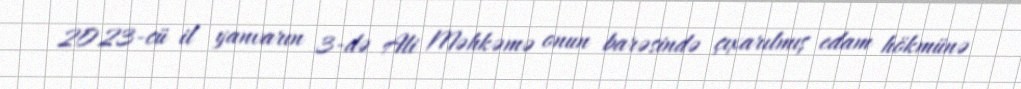
2023-cü il yanvarın 3-də Ali Məhkəmə onun barəsində çıxarılmış edam hökmünə